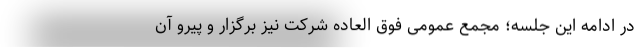
در ادامه این جلسه؛ مجمع عمومی فوق العاده شرکت نیز برگزار و پیرو آن